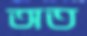
অত